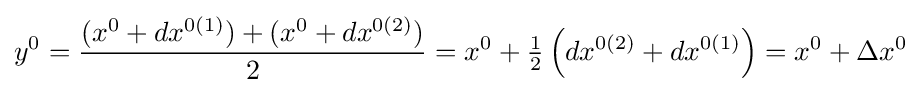
y^{0}={\frac {(x^{0}+dx^{0(1)})+(x^{0}+dx^{0(2)})}{2}}=x^{0}+{\tfrac {1}{2}}\left(dx^{0(2)}+dx^{0(1)}\right)=x^{0}+\Delta x^{0}